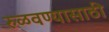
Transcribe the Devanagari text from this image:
रुळवण्यासाठी